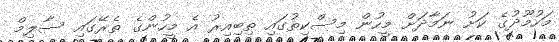
މަހުމޫދުގެ ކަށު ނަމާދަށް މީހުން މިސްކިތުގައި ތިބިއިރު އެ މީހުންގެ ތެރޭގައި ސާލިމް